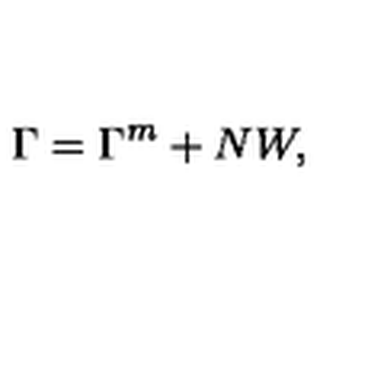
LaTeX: \Gamma = \Gamma ^ { \tiny { m } } + N W ,